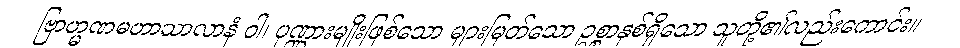
ဗြာဟ္မဏမဟာသာလာနံ ဝါ၊ ပုဏ္ဏားမျိုးဖြစ်သော များမြတ်သော ဥစ္စာနှစ်ရှိသော သူတို့၏လည်းကောင်း။